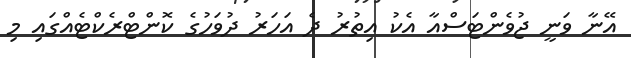
އޭނާ ވަނީ ޖުވެންޓަސްއާ އެކު އިތުރު ދެ އަހަރު ދުވަހުގެ ކޮންޓްރެކްޓެއްގައި މި